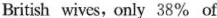
British wives, only 38% of